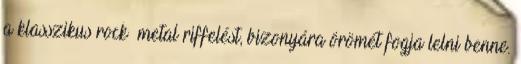
a klasszikus rock metal riffelést, bizonyára örömét fogja lelni benne.